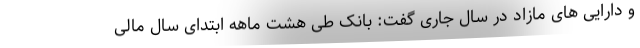
و دارایی های مازاد در سال جاری گفت: بانک طی هشت ماهه ابتدای سال مالی